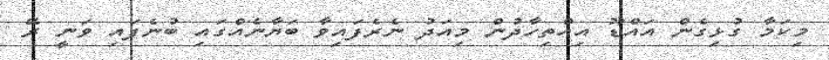
މިކަމާ ގުޅިގެން އައްޑޫ އިއްތިހާދުން މިއަދު ނެރެފައިވާ ބަޔާނެއްގައި ބުނެފައި ވަނީ ރޭ